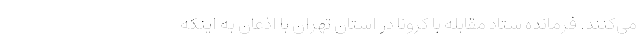
می‌کنند. فرمانده ستاد مقابله با کرونا در استان تهران با اذعان به اینکه